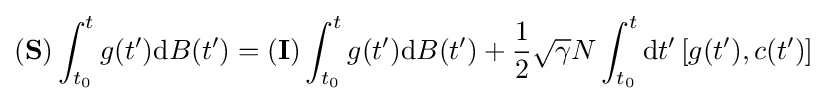
(\mathbf {S} )\int _{t_{0}}^{t}g(t^{\prime })\mathrm {d} B(t^{\prime })=(\mathbf {I} )\int _{t_{0}}^{t}g(t^{\prime })\mathrm {d} B(t^{\prime })+{\frac {1}{2}}{\sqrt {\gamma }}N\int _{t_{0}}^{t}\mathrm {d} t^{\prime }\,[g(t^{\prime }),c(t^{\prime })]